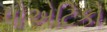
પોએટિકો